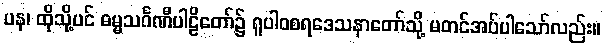
ပန၊ ထိုသို့ပင် ဓမ္မသင်္ဂဏီပါဠိတော်၌ ရူပါဝစရဒေသနာတော်သို့ မတင်အပ်ပါသော်လည်း။